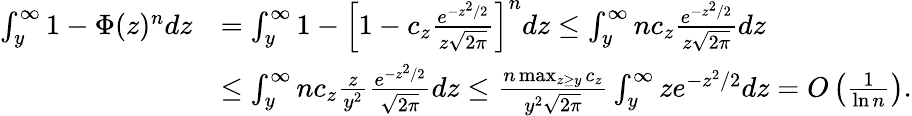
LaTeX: \begin{array}{rl}{\int_{y}^{\infty}1-\Phi(z)^{n}dz}&{=\int_{y}^{\infty}1-\left[1-c_{z}\frac{e^{-z^{2}/2}}{z\sqrt{2\pi}}\right]^{n}dz\le\int_{y}^{\infty}nc_{z}\frac{e^{-z^{2}/2}}{z\sqrt{2\pi}}dz}\\ &{\le\int_{y}^{\infty}nc_{z}\frac{z}{y^{2}}\frac{e^{-z^{2}/2}}{\sqrt{2\pi}}dz\le\frac{n\operatorname*{max}_{z\ge y}c_{z}}{y^{2}\sqrt{2\pi}}\int_{y}^{\infty}ze^{-z^{2}/2}dz=O\left(\frac 1{\ln n}\right).}\end{array}